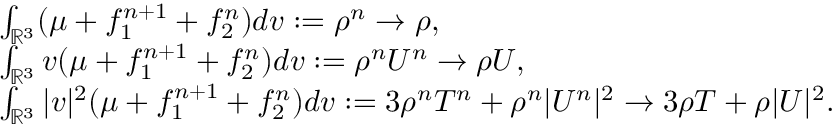
\begin{array} { r l } & { \int _ { \mathbb { R } ^ { 3 } } ( \mu + f _ { 1 } ^ { n + 1 } + f _ { 2 } ^ { n } ) d v : = \rho ^ { n } \rightarrow \rho , } \\ & { \int _ { \mathbb { R } ^ { 3 } } v ( \mu + f _ { 1 } ^ { n + 1 } + f _ { 2 } ^ { n } ) d v : = \rho ^ { n } U ^ { n } \rightarrow \rho U , } \\ & { \int _ { \mathbb { R } ^ { 3 } } | v | ^ { 2 } ( \mu + f _ { 1 } ^ { n + 1 } + f _ { 2 } ^ { n } ) d v : = 3 \rho ^ { n } T ^ { n } + \rho ^ { n } | U ^ { n } | ^ { 2 } \rightarrow 3 \rho T + \rho | U | ^ { 2 } . } \end{array}